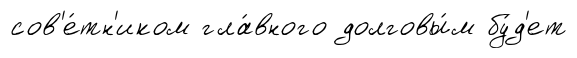
сов'е́тн'иком гла́вного долговы́м бу́д'ет